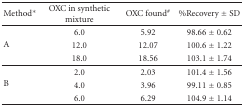
| Method* | OXC in synthetic mixture | OXC found# | %Recovery ± SD |
 | --- | --- | --- | --- |
 | <ROWSPAN=3> A | 6.0 | 5.92 | 98.66 ± 0.62 |
 | 12.0 | 12.07 | 100.6 ± 1.22 |
 | 18.0 | 18.56 | 103.1 ± 1.74 |
 | <ROWSPAN=3> B | 2.0 | 2.03 | 101.4 ± 1.56 |
 | 4.0 | 3.96 | 99.11 ± 0.85 |
 | 6.0 | 6.29 | 104.9 ± 1.14 |